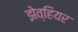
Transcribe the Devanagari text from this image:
झेव्हियर